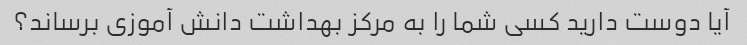
آیا دوست دارید کسی شما را به مرکز بهداشت دانش آموزی برساند؟